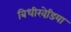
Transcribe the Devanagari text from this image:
बिधीखेडि़या